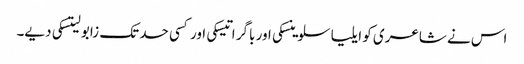
اس نے شاعری کو ایلیا سلوینسکی اور باگر اتیسکی اور کسی حد تک زابو لیتسکی دیے۔